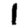
Digit: 1